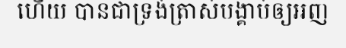
ហើយ បានជាទ្រង់ត្រាស់បង្គាប់ឲ្យអញ